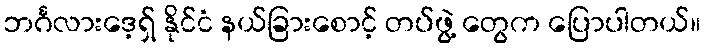
ဘင်္ဂလားဒေ့ရှ် နိုင်ငံ နယ်ခြားစောင့် တပ်ဖွဲ့ တွေက ပြောပါတယ်။